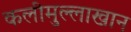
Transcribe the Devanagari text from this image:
कलीमुल्लाखान